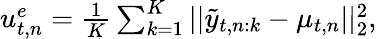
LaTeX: \begin{array}{r}{u_{t,n}^{e}=\frac{1}{K}\sum_{k=1}^{K}||{\tilde{y}_{t,n:k}-\mu_{t,n}}||_{2}^{2},}\end{array}